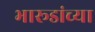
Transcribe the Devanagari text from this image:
भारूडांच्या